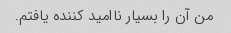
من آن را بسیار ناامید کننده یافتم.